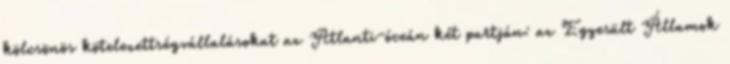
kölcsönös kötelezettségvállalásokat az Atlanti-óceán két partján: az Egyesült Államok